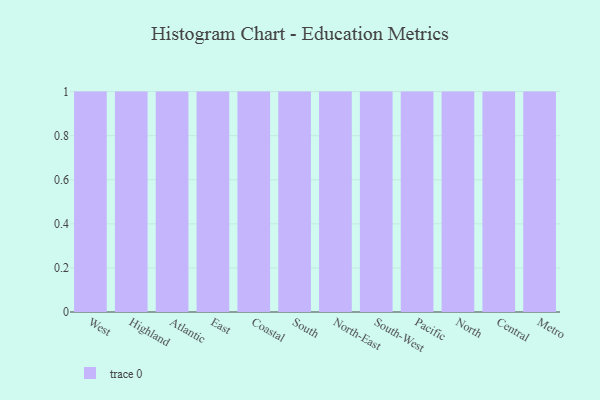
{"axis": {"x": "Region", "y": "Bounce Rate (%)"}, "legend": [""], "data": [{"x": "West", "y": 87, "type": ""}, {"x": "Highland", "y": 67, "type": ""}, {"x": "Atlantic", "y": 93, "type": ""}, {"x": "East", "y": 22, "type": ""}, {"x": "Coastal", "y": 33, "type": ""}, {"x": "South", "y": 96, "type": ""}, {"x": "North-East", "y": 43, "type": ""}, {"x": "South-West", "y": 73, "type": ""}, {"x": "Pacific", "y": 39, "type": ""}, {"x": "North", "y": 92, "type": ""}, {"x": "Central", "y": 16, "type": ""}, {"x": "Metro", "y": 99, "type": ""}]}